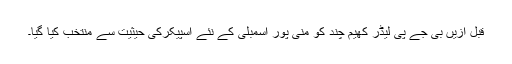
قبل ازیں بی جے پی لیڈر کھیم چند کو منی پور اسمبلی کے نئے اسپیکرکی حیثیت سے منتخب کیا گیا۔